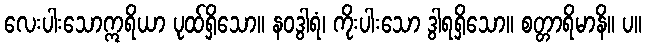
လေးပါးသောဣရိယာ ပုထ်ရှိသော။ နဝဒွါရံ၊ ကိုးပါးသော ဒွါရရှိသော။ စတ္တာရိမာနိ။ ပ။